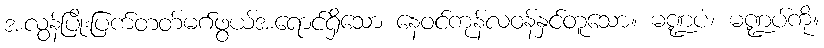
အလွန်ပြိုးပြက်တတ်မဂ်ဖွယ်အရောင်ရှိသော နေဝင်ကုန်လဝန်နှင်တူသော။ မဏ္ဍပံ၊ မဏ္ဍပ်ကို။